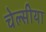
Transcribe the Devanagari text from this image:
चेल्सीया